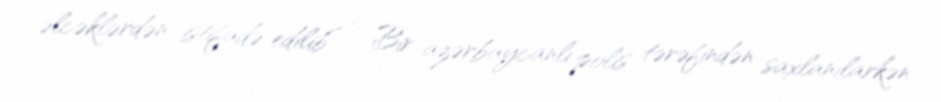
əlcəklərdən istifadə edilib” - Bir azərbaycanlı polis tərəfindən saxlanılarkən